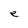
Character: e